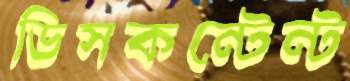
ডিসকন্টেন্ট